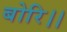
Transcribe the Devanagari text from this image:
बोरि।।